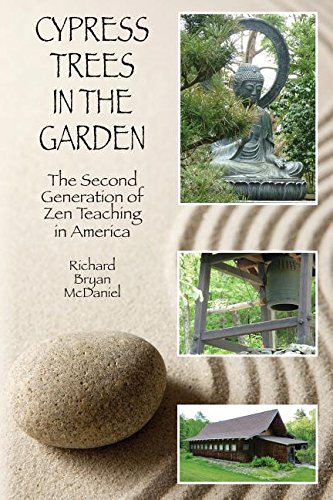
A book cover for Cypress Trees in the Garden: The Second Generation of Zen Teaching in America; Richard Bryan McDaniel; Religion & Spirituality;